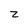
Character: z